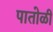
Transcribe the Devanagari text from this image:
पातोळी